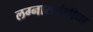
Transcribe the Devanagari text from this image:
लग्नासंबंधीचा